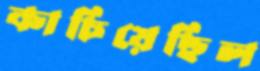
কাচিয়েছিল